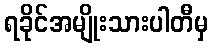
ရခိုင်အမျိုးသားပါတီမှ